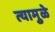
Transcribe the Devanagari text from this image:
त्यामुुळे